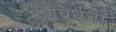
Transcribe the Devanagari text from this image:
गुणवर्धना